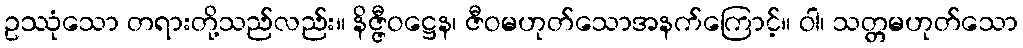
ဥဿုံသော တရားတို့သည်လည်း။ နိဇ္ဇီဝဋ္ဌေန၊ ဇီဝမဟုတ်သောအနက်ကြောင့်။ ဝါ၊ သတ္တမဟုတ်သော